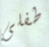
طفلى